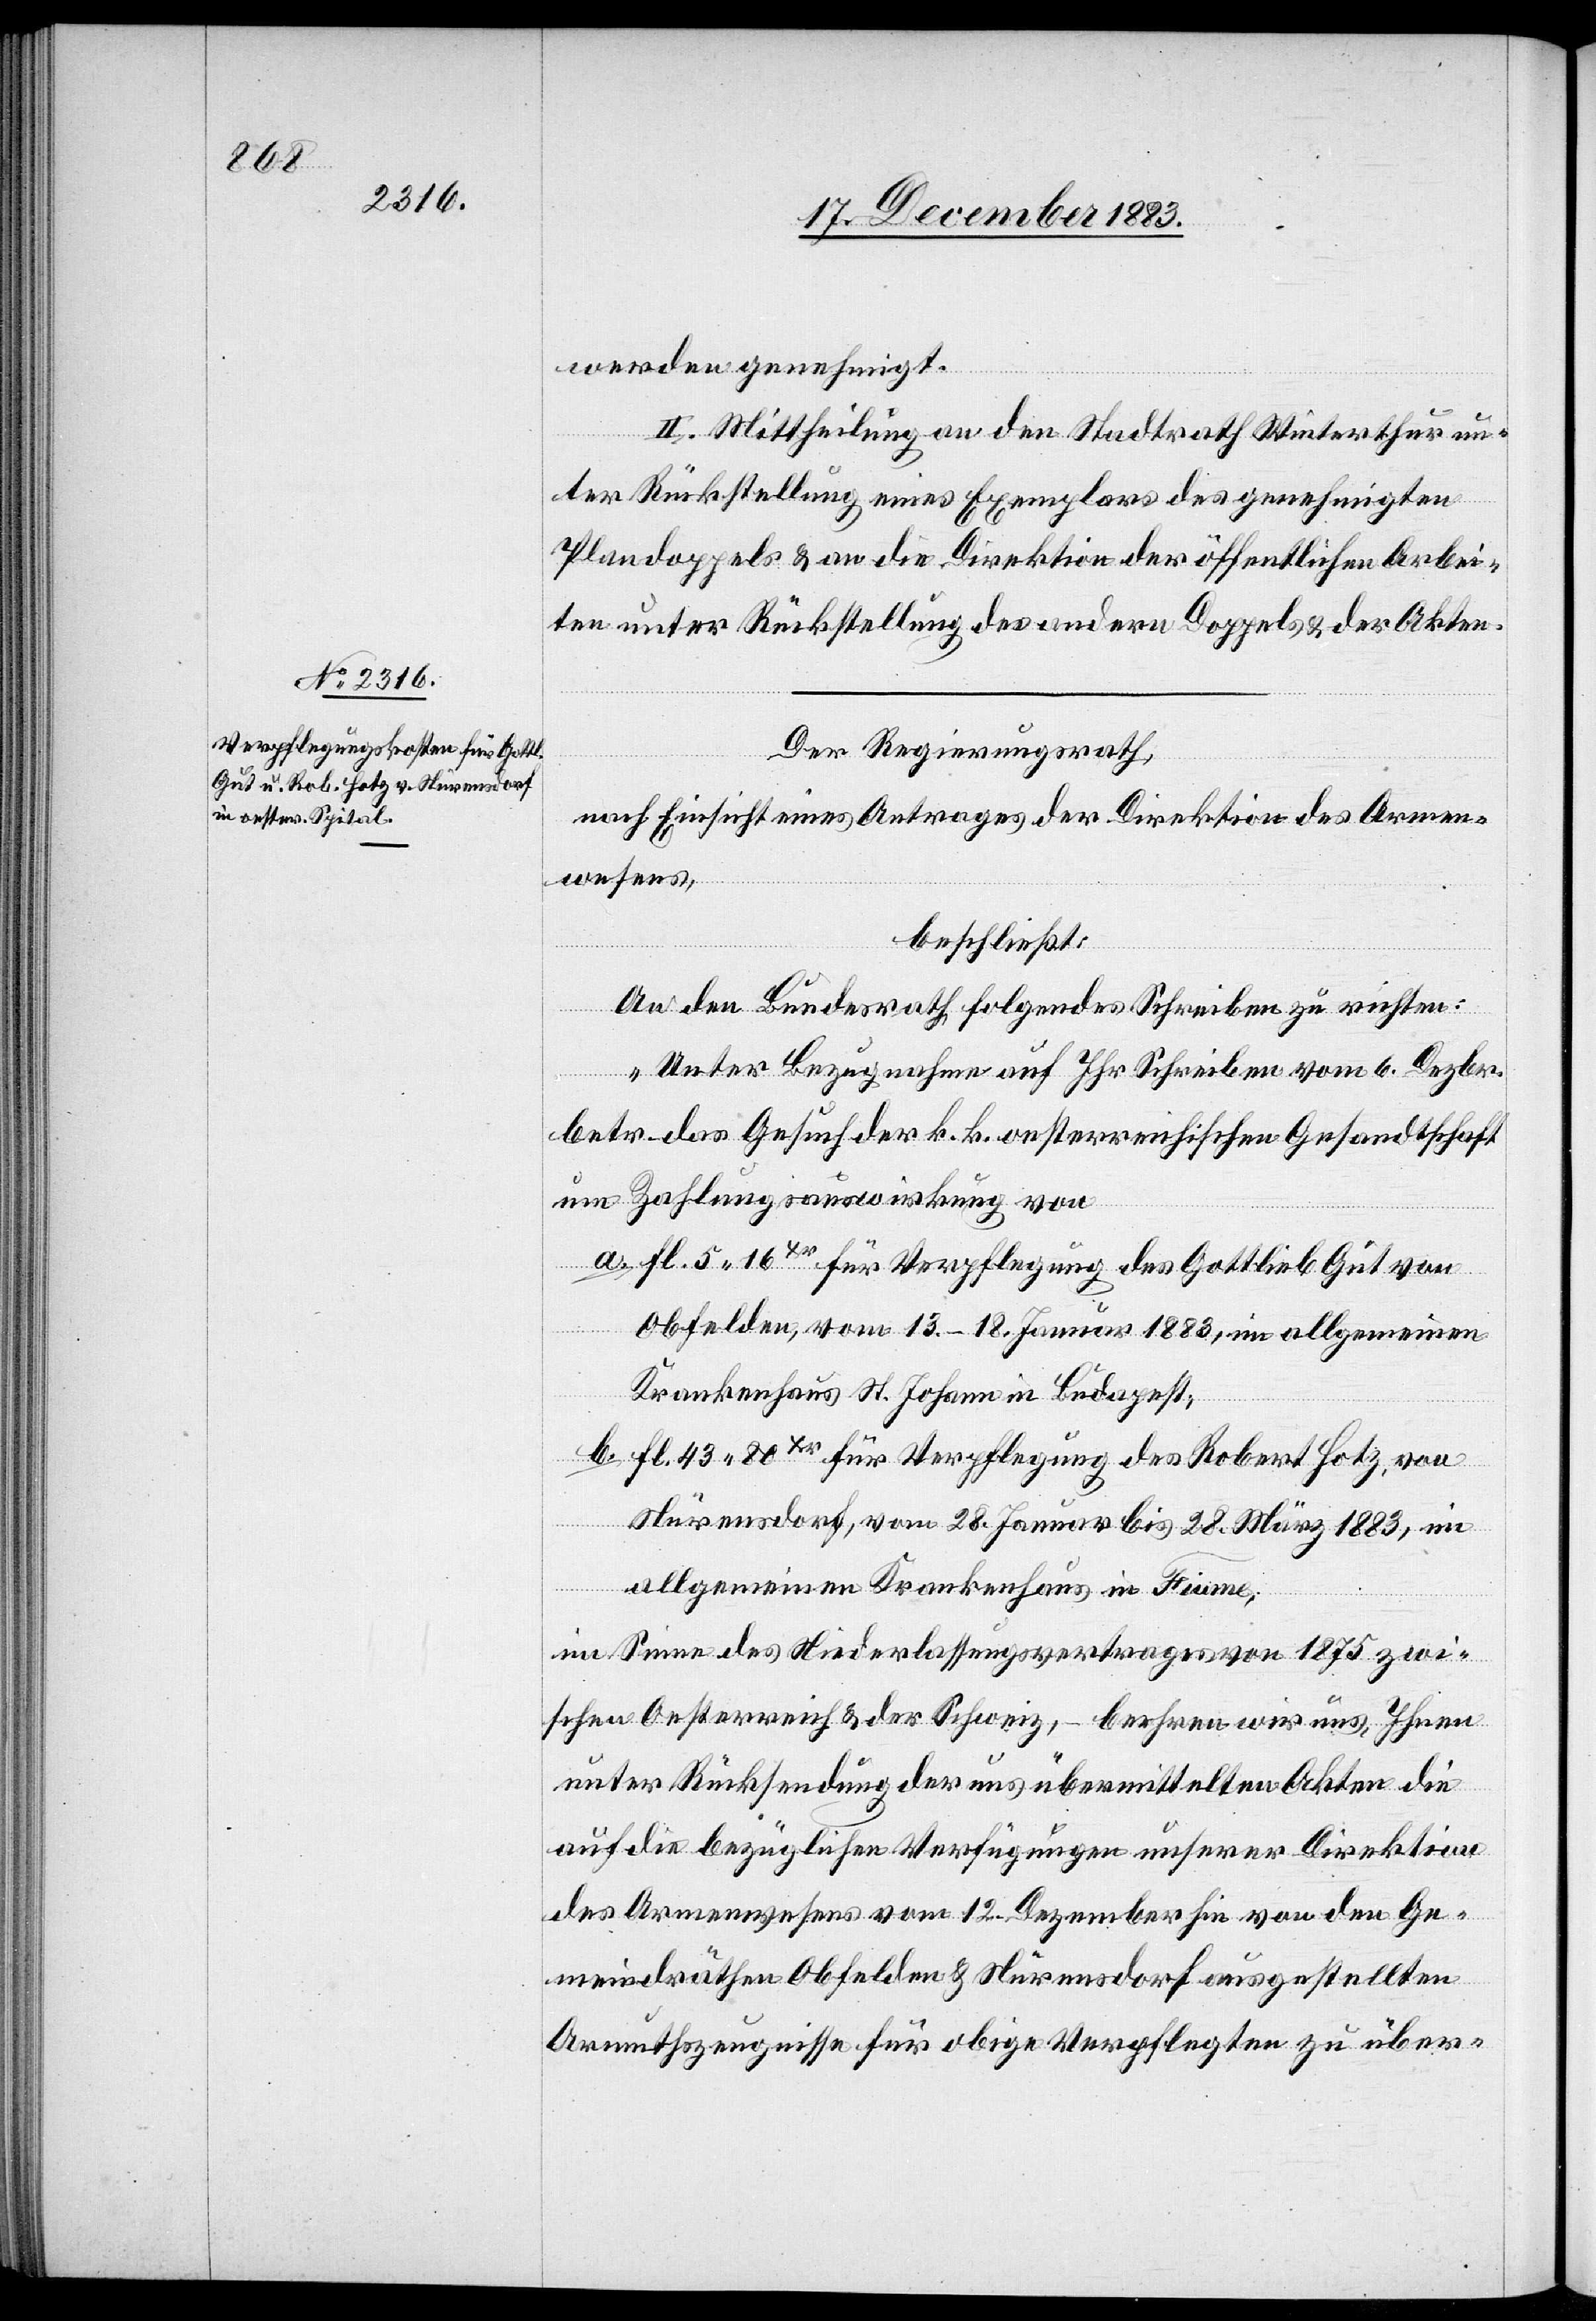
werden genehmigt.
II. Mittheilung an den Stadtrath Winterthur un¬
ter Rückstellung eines Exemplars des genehmigten
Plandoppels & an die Direktion der öffentlichen Arbei¬
ten unter Rückstellung des andern Doppels & der Akten.
Der Regierungsrath,
nach Einsicht eines Antrages der Direktion des Armen¬
wesens,
beschließt:
An den Bundesrath folgendes Schreiben zu richten:
„Unter Bezugnahme auf Ihr Schreiben vom 6. Dezbr.
betr. das Gesuch der k. k. oesterreichischen Gesandtschaft
um Zahlungsauswirkung von
a. fl. 5 16xr für Verpflegung des Gottlieb Gut von
Obfelden, vom 13.–18.Januar 1883, im allgemeinen
Krankenhaus St. Johann in Budapest,
b. fl. 43 80xr für Verpflegung des Robert Hotz, von
Nürensdorf, vom 28. Januar bis 28. März 1883, im
allgemeinen Krankenhaus in Fiume,
im Sinne des Niederlassungsvertrages von 1875 zwi¬
schen Oesterreich & der Schweiz, – beehren wir uns, Ihnen
unter Rücksendung der uns übermittelten Akten die
auf die bezüglichen Verfügungen unserer Direktion
des Armenwesens vom 12. Dezember hin von den Ge¬
meindräthen Obfelden & Nürensdorf ausgestellten
Armuthszeugnisse für obige Verpflegten zu über-